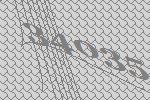
34035